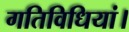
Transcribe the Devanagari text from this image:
गतिविधियां।